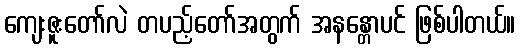
ကျေးဇူးတော်လဲ တပည့်တော်အတွက် အနန္တောပင် ဖြစ်ပါတယ်။